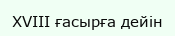
XVIII ғасырға дейін